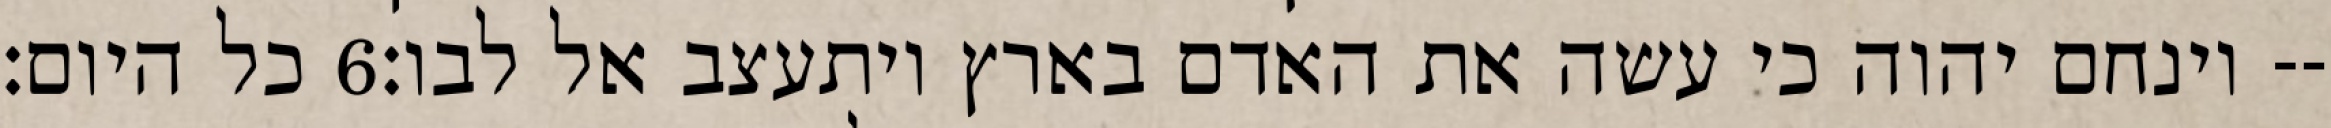
כל היום׃ ‎6‏ וינחם יהוה כי עשה את האדם בארץ ויתעצב אל לבו׃--